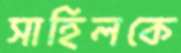
সাহিলকে